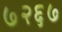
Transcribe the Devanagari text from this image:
७२६७